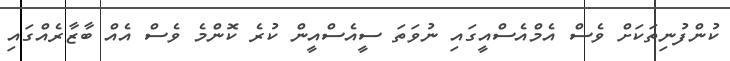
ކުންފުނިތަކަށް ވެސް އެމްއެސްއީގައި ނުވަތަ ސީއެސްއީން ކުރެ ކޮންމެ ވެސް އެއް ބާޒާރެއްގައި